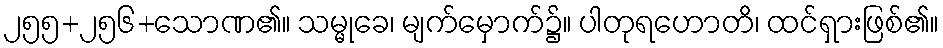
၂၅၅+၂၅၆+သောဏ၏။ သမ္မုခေ၊ မျက်မှောက်၌။ ပါတုရဟောတိ၊ ထင်ရှားဖြစ်၏။